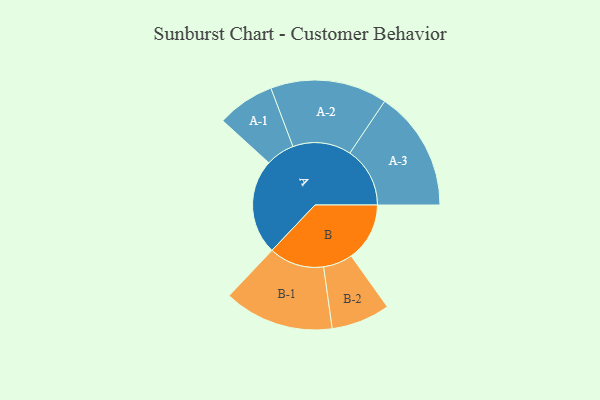
{"axis": {"x": "Segment", "y": "Value"}, "legend": ["", "A", "B"], "data": [{"x": "A", "y": 453, "type": ""}, {"x": "B", "y": 278, "type": ""}, {"x": "A-1", "y": 137, "type": "A"}, {"x": "A-2", "y": 278, "type": "A"}, {"x": "A-3", "y": 286, "type": "A"}, {"x": "B-1", "y": 262, "type": "B"}, {"x": "B-2", "y": 140, "type": "B"}]}